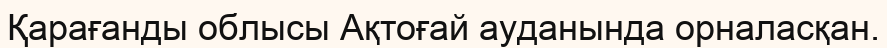
Қарағанды облысы Ақтоғай ауданында орналасқан.